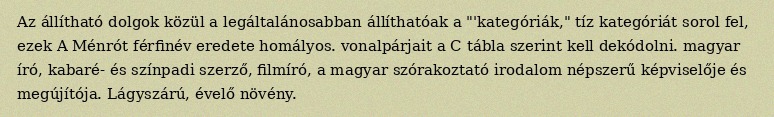
Az állítható dolgok közül a legáltalánosabban állíthatóak a "'kategóriák," tíz kategóriát sorol fel, ezek A Ménrót férfinév eredete homályos. vonalpárjait a C tábla szerint kell dekódolni. magyar író, kabaré- és színpadi szerző, filmíró, a magyar szórakoztató irodalom népszerű képviselője és megújítója. Lágyszárú, évelő növény.